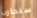
سنحارب